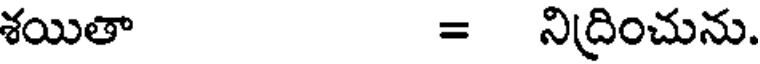
శయితా = నిద్రించును.